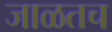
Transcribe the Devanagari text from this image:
जाळतच